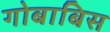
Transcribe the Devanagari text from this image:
गोबाबिस